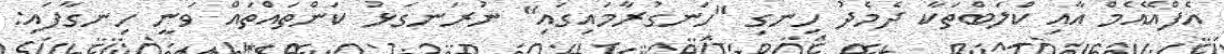
އެފްއޭއެމް އާއި ކްލަބްތަކާ ދެމެދު ހިނގި ''ހަނގުރާމައިގައި'' ނުރަނގަޅު ކަންތައްތައް ވަނީ ހިނގާފައި: